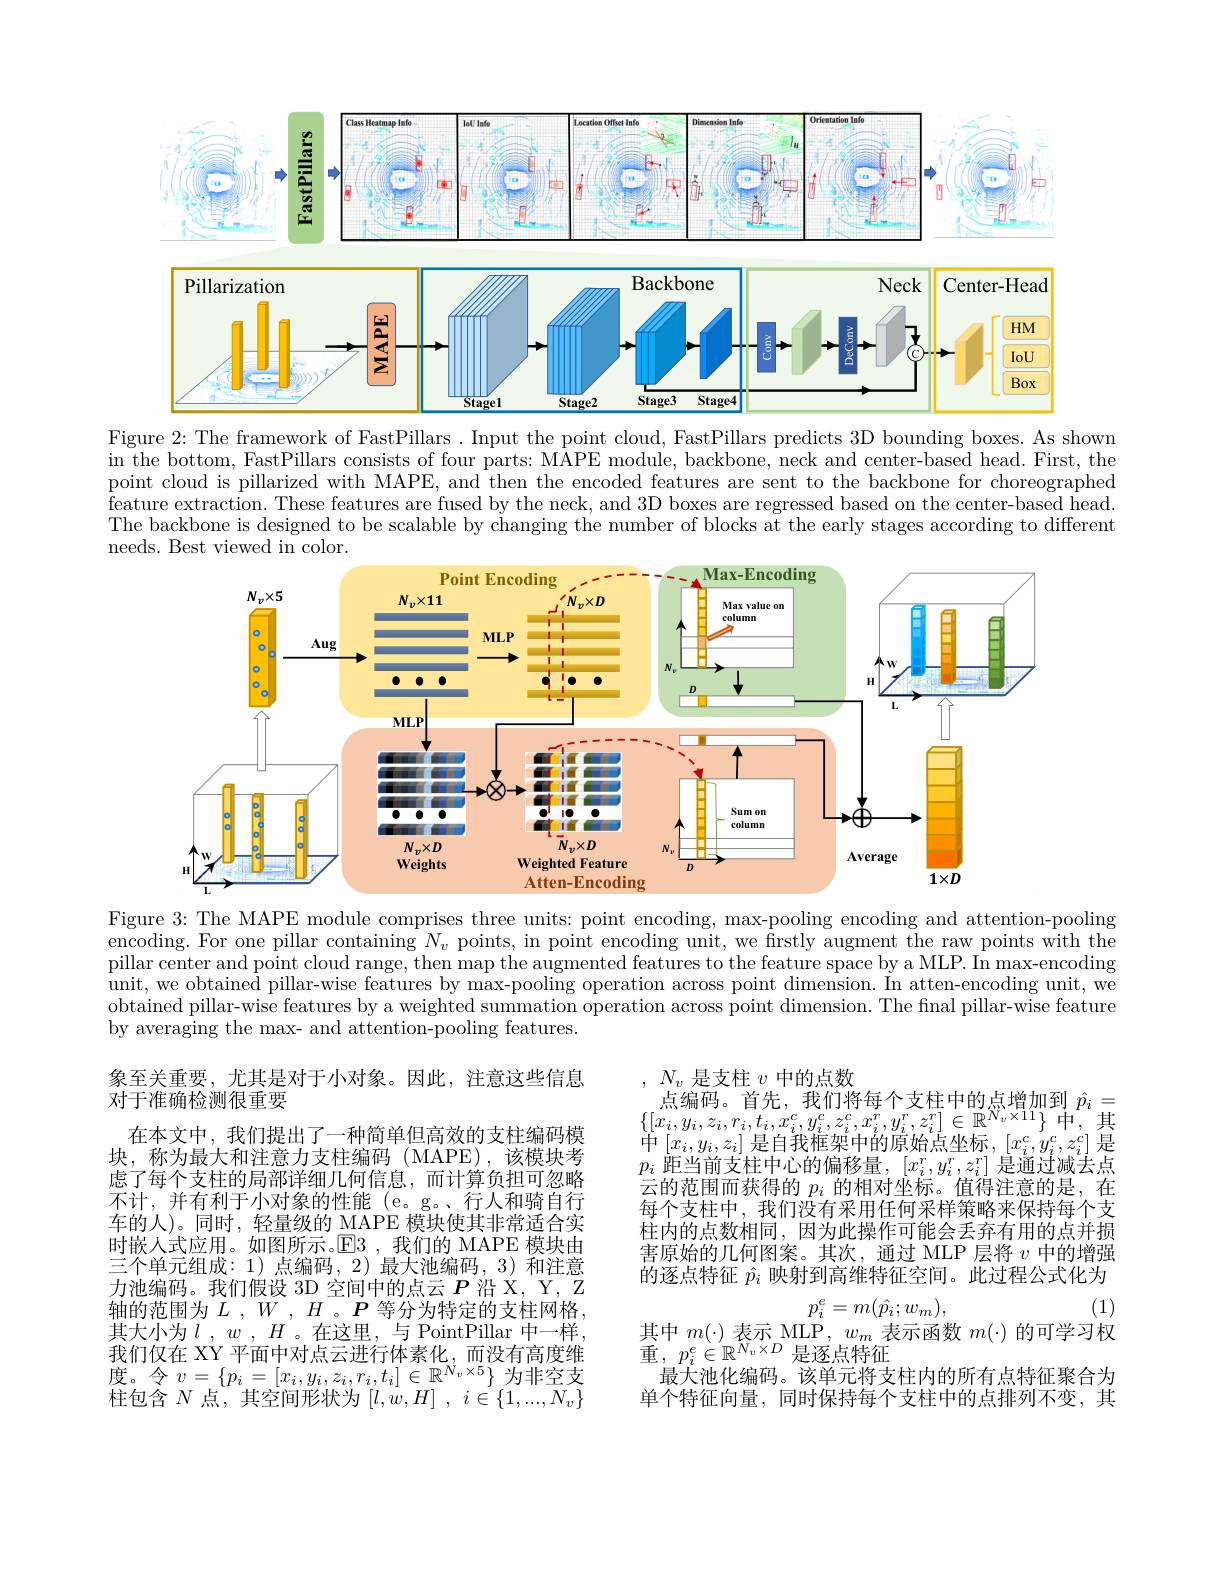
<FigureHere>
Figure 2: The framework of FastPillars . Input the point cloud, FastPillars predicts 3D bounding boxes. As shown

in the bottom, FastPillars consists of four parts: MAPE module, backbone, neck and center-based head. First, the point cloud is pillarized with MAPE, and then the encoded features are sent to the backbone for choreographed $\tilde{\text{feature extraction. These features are fused by the neck, and 3D boxes are regressed based on the center-based head.}}$ The backbone is designed to be scalable by changing the number of blocks at the early stages according to different needs. Best viewed in color.

<FigureHere>

Figure 3: The MAPE module comprises three units: point encoding, max-pooling encoding and attention-pooling encoding. For one pillar containing $N_v$ points, in point encoding unit, we firstly augment the raw points with the pillar center and point cloud range, then map the augmented features to the feature space by a MLP. In max-encoding $\bar{\text{unit, we obtained pillar-wise features by max-pooling operation across point dimension. In atten-encoding unit, we}}$ obtained pillar-wise features by a weighted summation operation across point dimension. The final pillar-wise feature by averaging the max- and attention-pooling features.

, $N_{v}$是支柱$v$中的点数
点编码。首先，我们将每个支柱中的点增加到$\hat{p}_i=$ $\{[x_{i},y_{i},z_{i},r_{i},t_{i},x_{i}^{c},y_{i}^{c},z_{i}^{c},x_{i}^{r},y_{i}^{r},z_{i}^{r}]\in\mathbb{R}^{N_{v}\times11}\}$中，其$\begin{array}{l}{{[[^{\omega},g_{i},g_{i},\cdots,g_{i},g_{i},\cdots,g_{i},g_{i},g_{i}]]}}\\{{\text{中}[x_{i},y_{i},z_{i}]\:\text{是自我框架中的原始点坐标},\:[x_{i}^{c},y_{i}^{c},z_{i}^{c}]\:\text{是}}}\end{array}$ $p_i$距当前支柱中心的偏移量，$[x_i^r,y_i^r,z_i^r]$是通过减去点云的范围而获得的$p_i$的相对坐标。值得注意的是，在每个支柱中，我们没有采用任何采样策略来保持每个支柱内的点数相同，因为此操作可能会丢弃有用的点并损害原始的几何图案。其次，通过 MLP 层将$v$中的增强的逐点特征$\hat{p}_i$映射到高维特征空间。此过程公式化为

象至关重要，尤其是对于小对象。因此，注意这些信息
对于准确检测很重要
在本文中，我们提出了一种简单但高效的支柱编码模块，称为最大和注意力支柱编码(MAPE),该模块考虑了每个支柱的局部详细几何信息，而计算负担可忽略不计，并有利于小对象的性能 (e。g。、行人和骑自行车的人)。同时，轻量级的 MAPE 模块使其非常适合实时嵌人式应用。如图所示。$\mathbb{E}$3 ,我们的 MAPE 模块由三个单元组成：1)点编码，2)最大池编码，3)和注意力池编码。我们假设 3D 空间中的点云$P$沿 X, Y, Z 轴的范围为$L,W,H$。$P$等分为特定的支柱网格， 其大小为$l$ , $w$ , $H$。在这里，与 PointPillar 中一样， 我们仅在 XY 平面中对点云进行体素化，而没有高度维度。令$v=\{p_i=[x_i,y_i,z_i,r_i,t_i]\in\mathbb{R}^{N_v\times5}\}$为非空支${\text{柱 包 含 }N}{\text{ 点 , 其 空 间 形 状 为 }[ l, \dot{w} , H] }$ , $i\in \{ 1, . . . , N_{v}\}$

$p_i^e=m(\hat{p}_i;w_m)$,
其中$m(\cdot)$表示 MLP, $w_m$表示函数$m(\cdot)$的可学习权

(1)

重$,p_i^e\in\mathbb{R}^{N_v\times D}$是逐点特征
最大池化编码。该单元将支柱内的所有点特征聚合为单个特征向量，同时保持每个支柱中的点排列不变，其